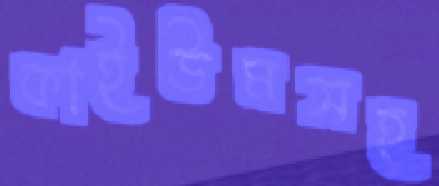
কাইউমসহ